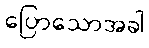
ပြောသောအခါ